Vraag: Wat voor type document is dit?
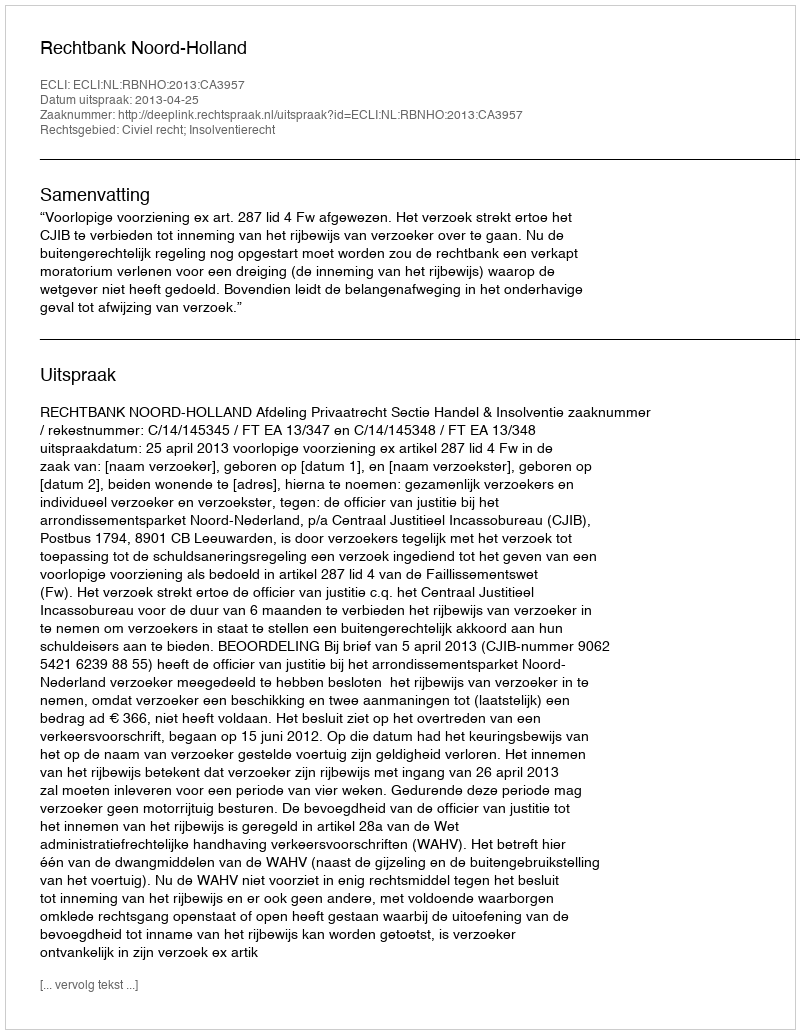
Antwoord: Uitspraak